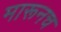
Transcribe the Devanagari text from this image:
मारूनच